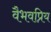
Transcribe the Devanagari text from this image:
वैभवप्रिय